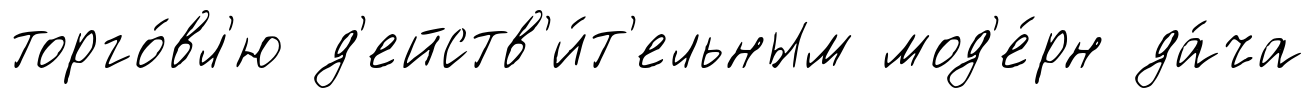
торго́вл'ю д'ейств'и́т'ельным мод'е́рн да́ча